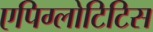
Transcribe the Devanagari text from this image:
एपिग्लोटिटिस